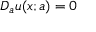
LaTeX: D _ { a } u ( x ; a ) = 0